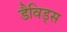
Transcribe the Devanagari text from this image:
डैविड्स